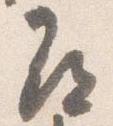
尋